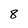
Character: 8